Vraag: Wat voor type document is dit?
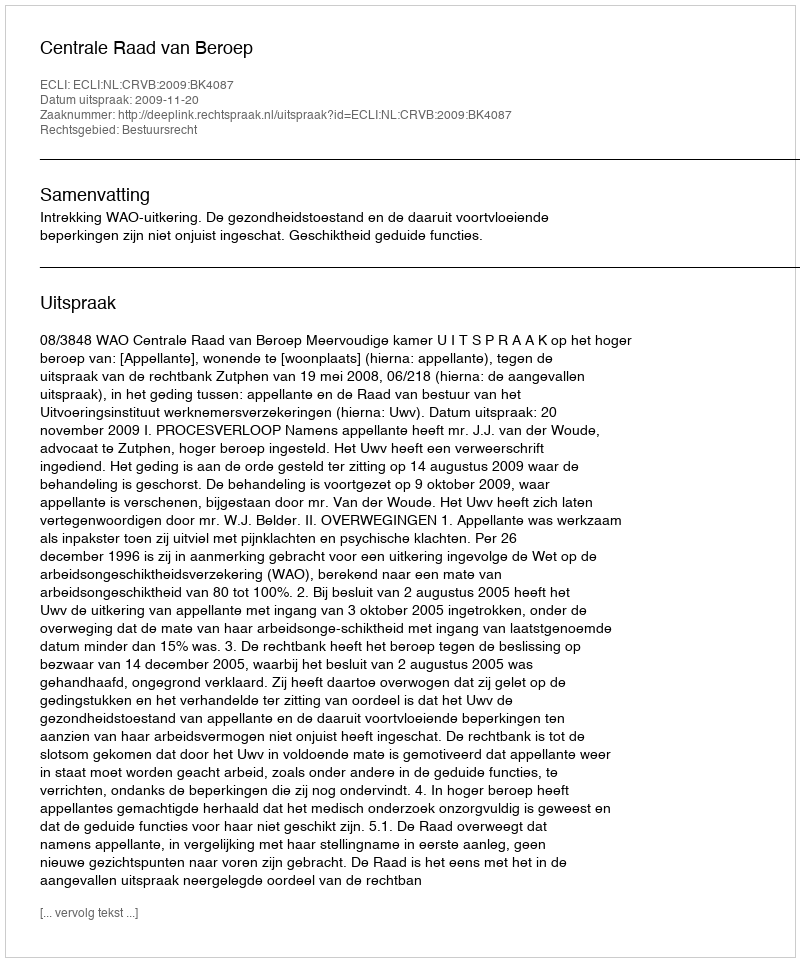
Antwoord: Uitspraak